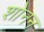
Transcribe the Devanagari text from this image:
शोनन